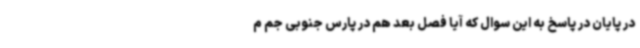
در پایان در پاسخ به این سوال که آیا فصل بعد هم در پارس جنوبی جم م